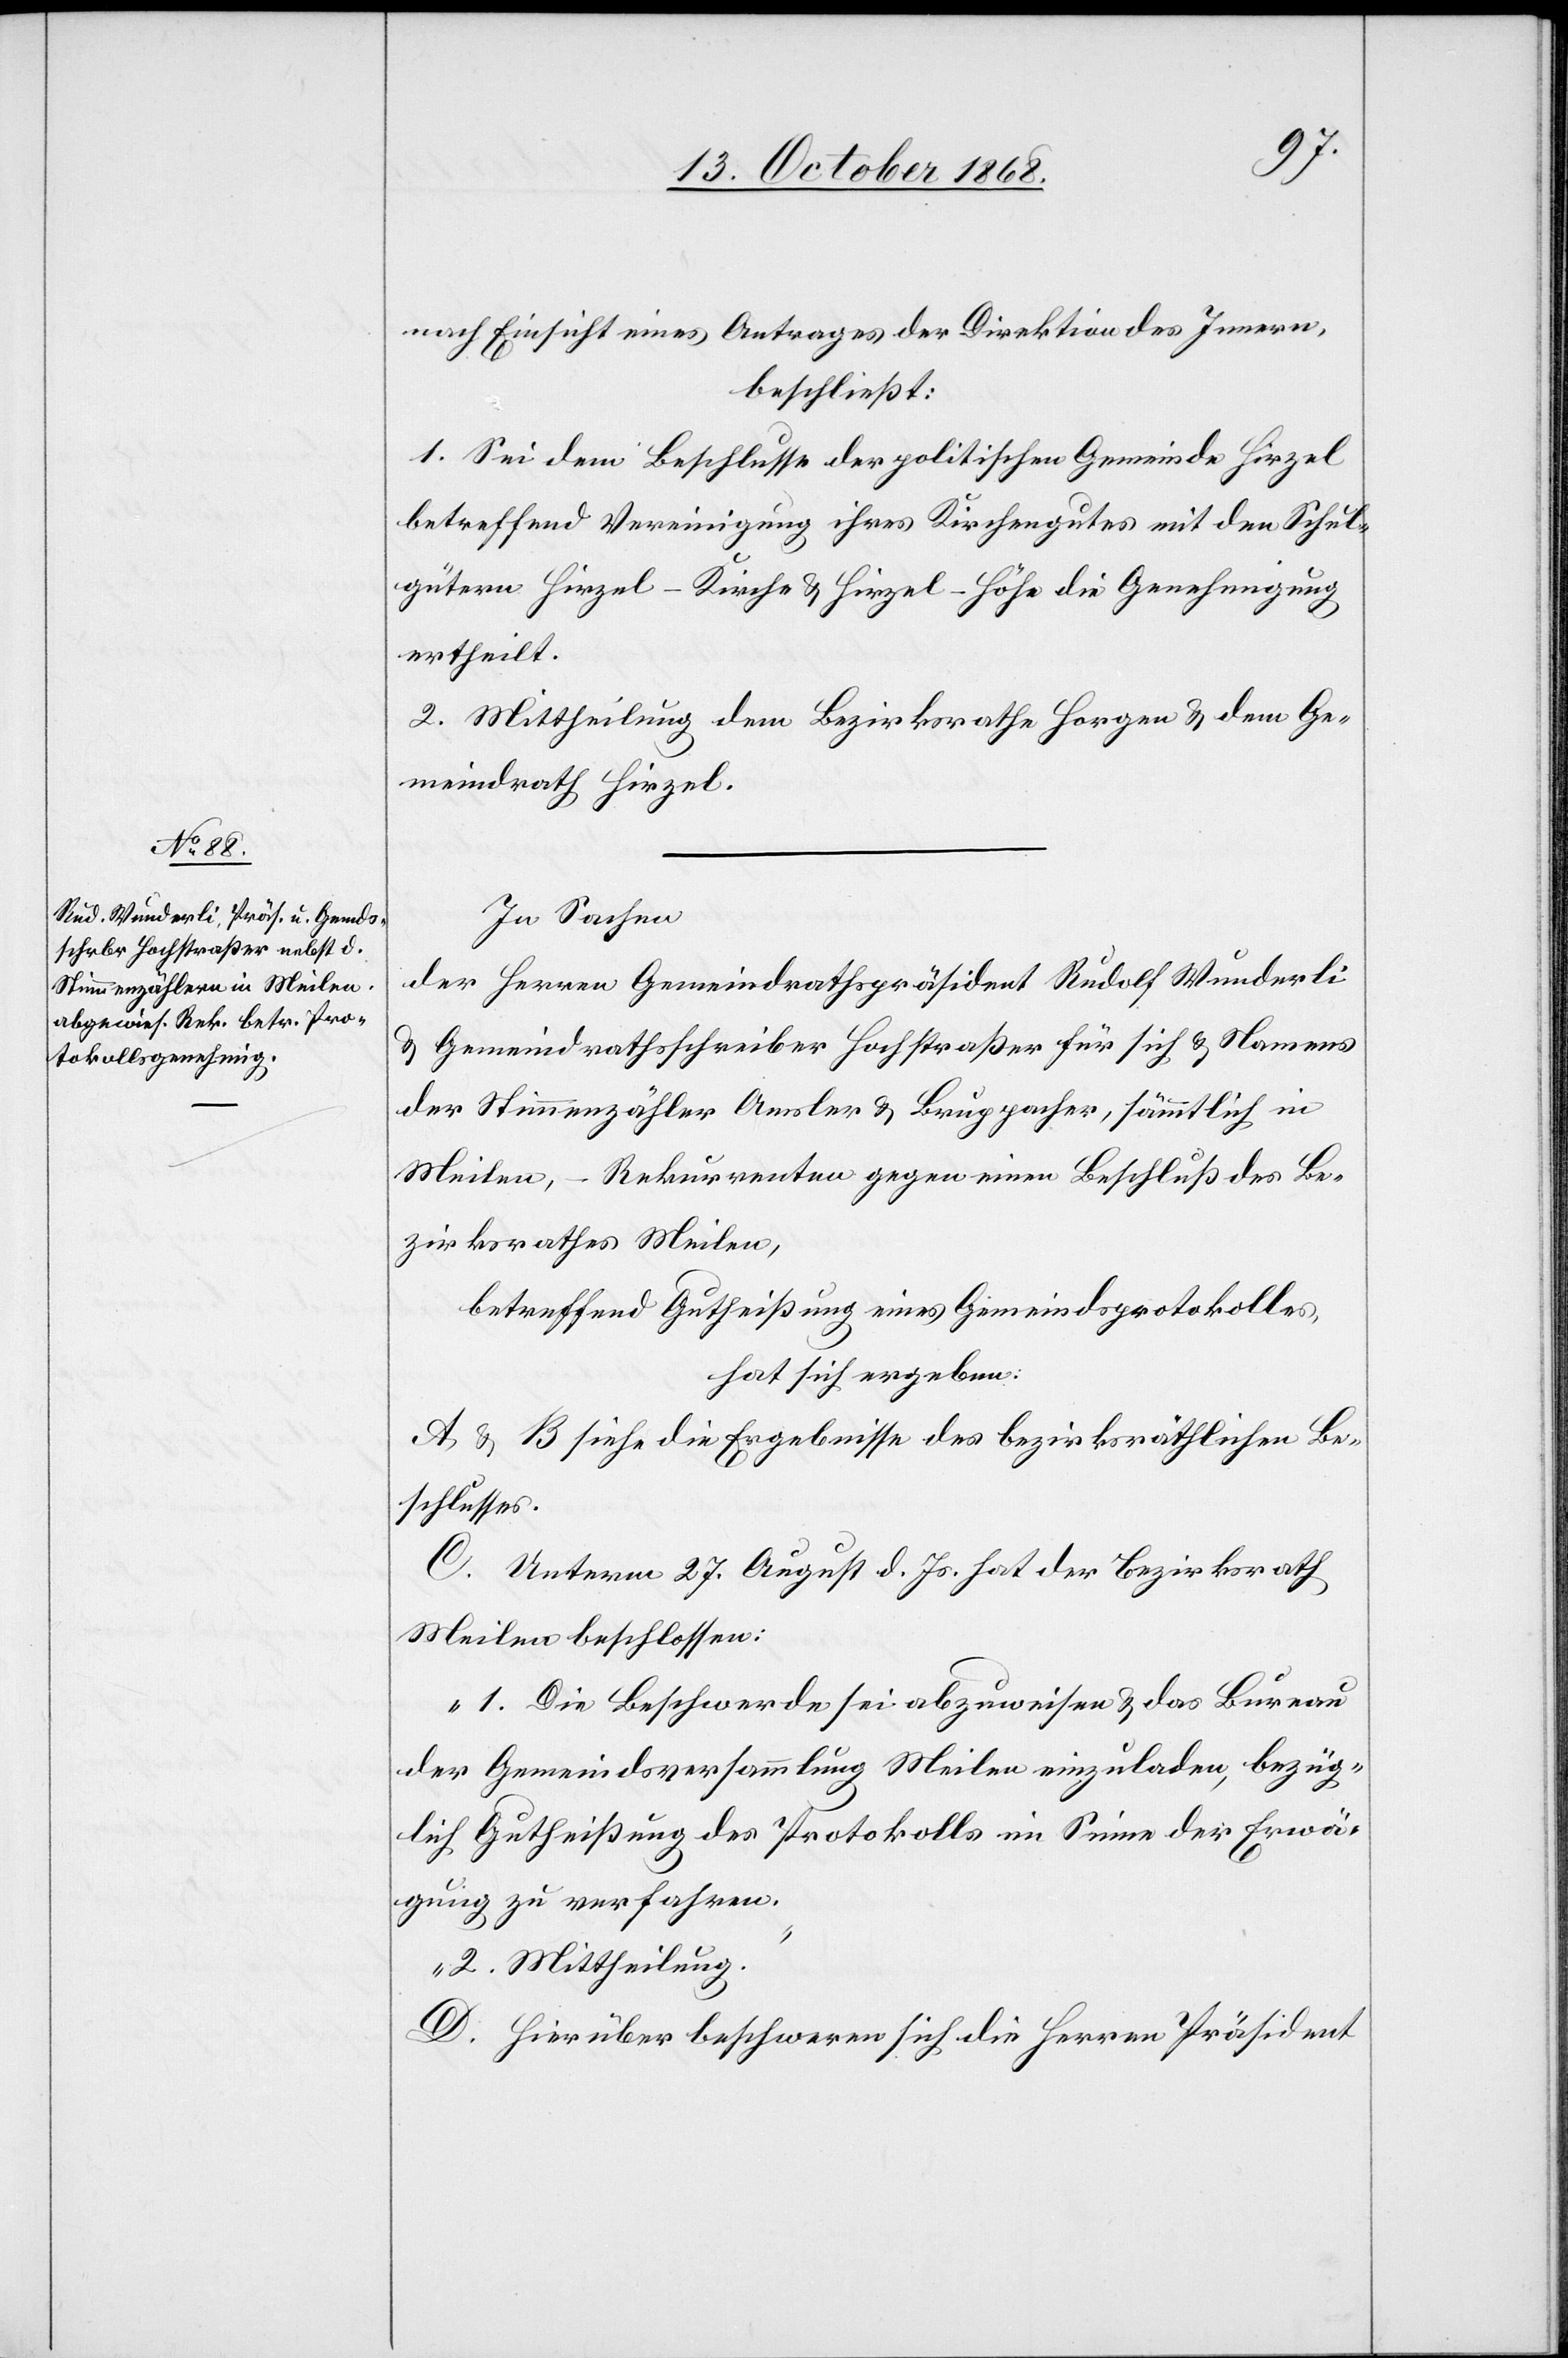
nach Einsicht eines Antrages der Direktion des Innern,
beschließt:
1. Sei dem Beschlusse der politischen Gemeinde Hirzel
betreffend Vereinigung ihres Kirchengutes mit den Schul¬
gütern Hirzel-Kirche & Hirzel-Höhe die Genehmigung
ertheilt.
2. Mittheilung dem Bezirksrathe Horgen & dem Ge¬
meindrath Hirzel.
In Sachen
der Herren Gemeindrathspräsident Rudolf Wunderli
& Gemeindrathsschreiber Hochstraßer für sich & Namens
der Stimmenzähler Amsler & Bruppacher, sämmtlich in
Meilen, – Rekurrenten gegen einen Beschluß des Be¬
zirksrathes Meilen,
betreffend Gutheißung eines Gemeindsprotokolles,
hat sich ergeben:
A & B siehe die Ergebnisse des bezirksräthlichen Be¬
schlusses.
C. Unterm 27. August d. Js. hat der Bezirksrath
Meilen beschlossen:
„1. Die Beschwerde sei abzuweisen & das Bureau
der Gemeindsversammlung Meilen einzuladen, bezüg¬
lich Gutheißung des Protokolls im Sinne der Erwä¬
gung zu verfahren.
2. Mittheilung.“
D. Hierüber beschweren sich die Herren Präsident